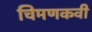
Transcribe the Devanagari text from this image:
चिमणकवी